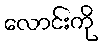
လောင်းကို